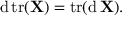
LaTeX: \operatorname { d } \operatorname { t r } ( \mathbf { X } ) = \operatorname { t r } ( \operatorname { d } \mathbf { X } ) .